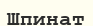
Шпинат